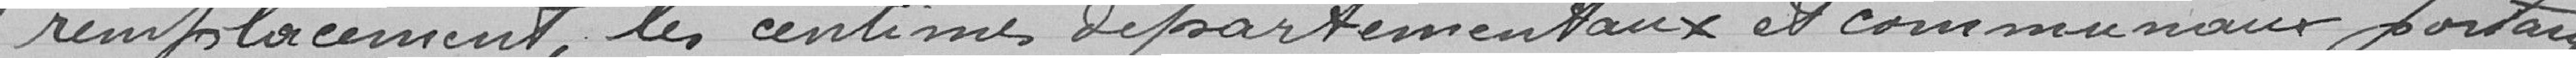
remplacement, les centimes départementaux et communaux portants